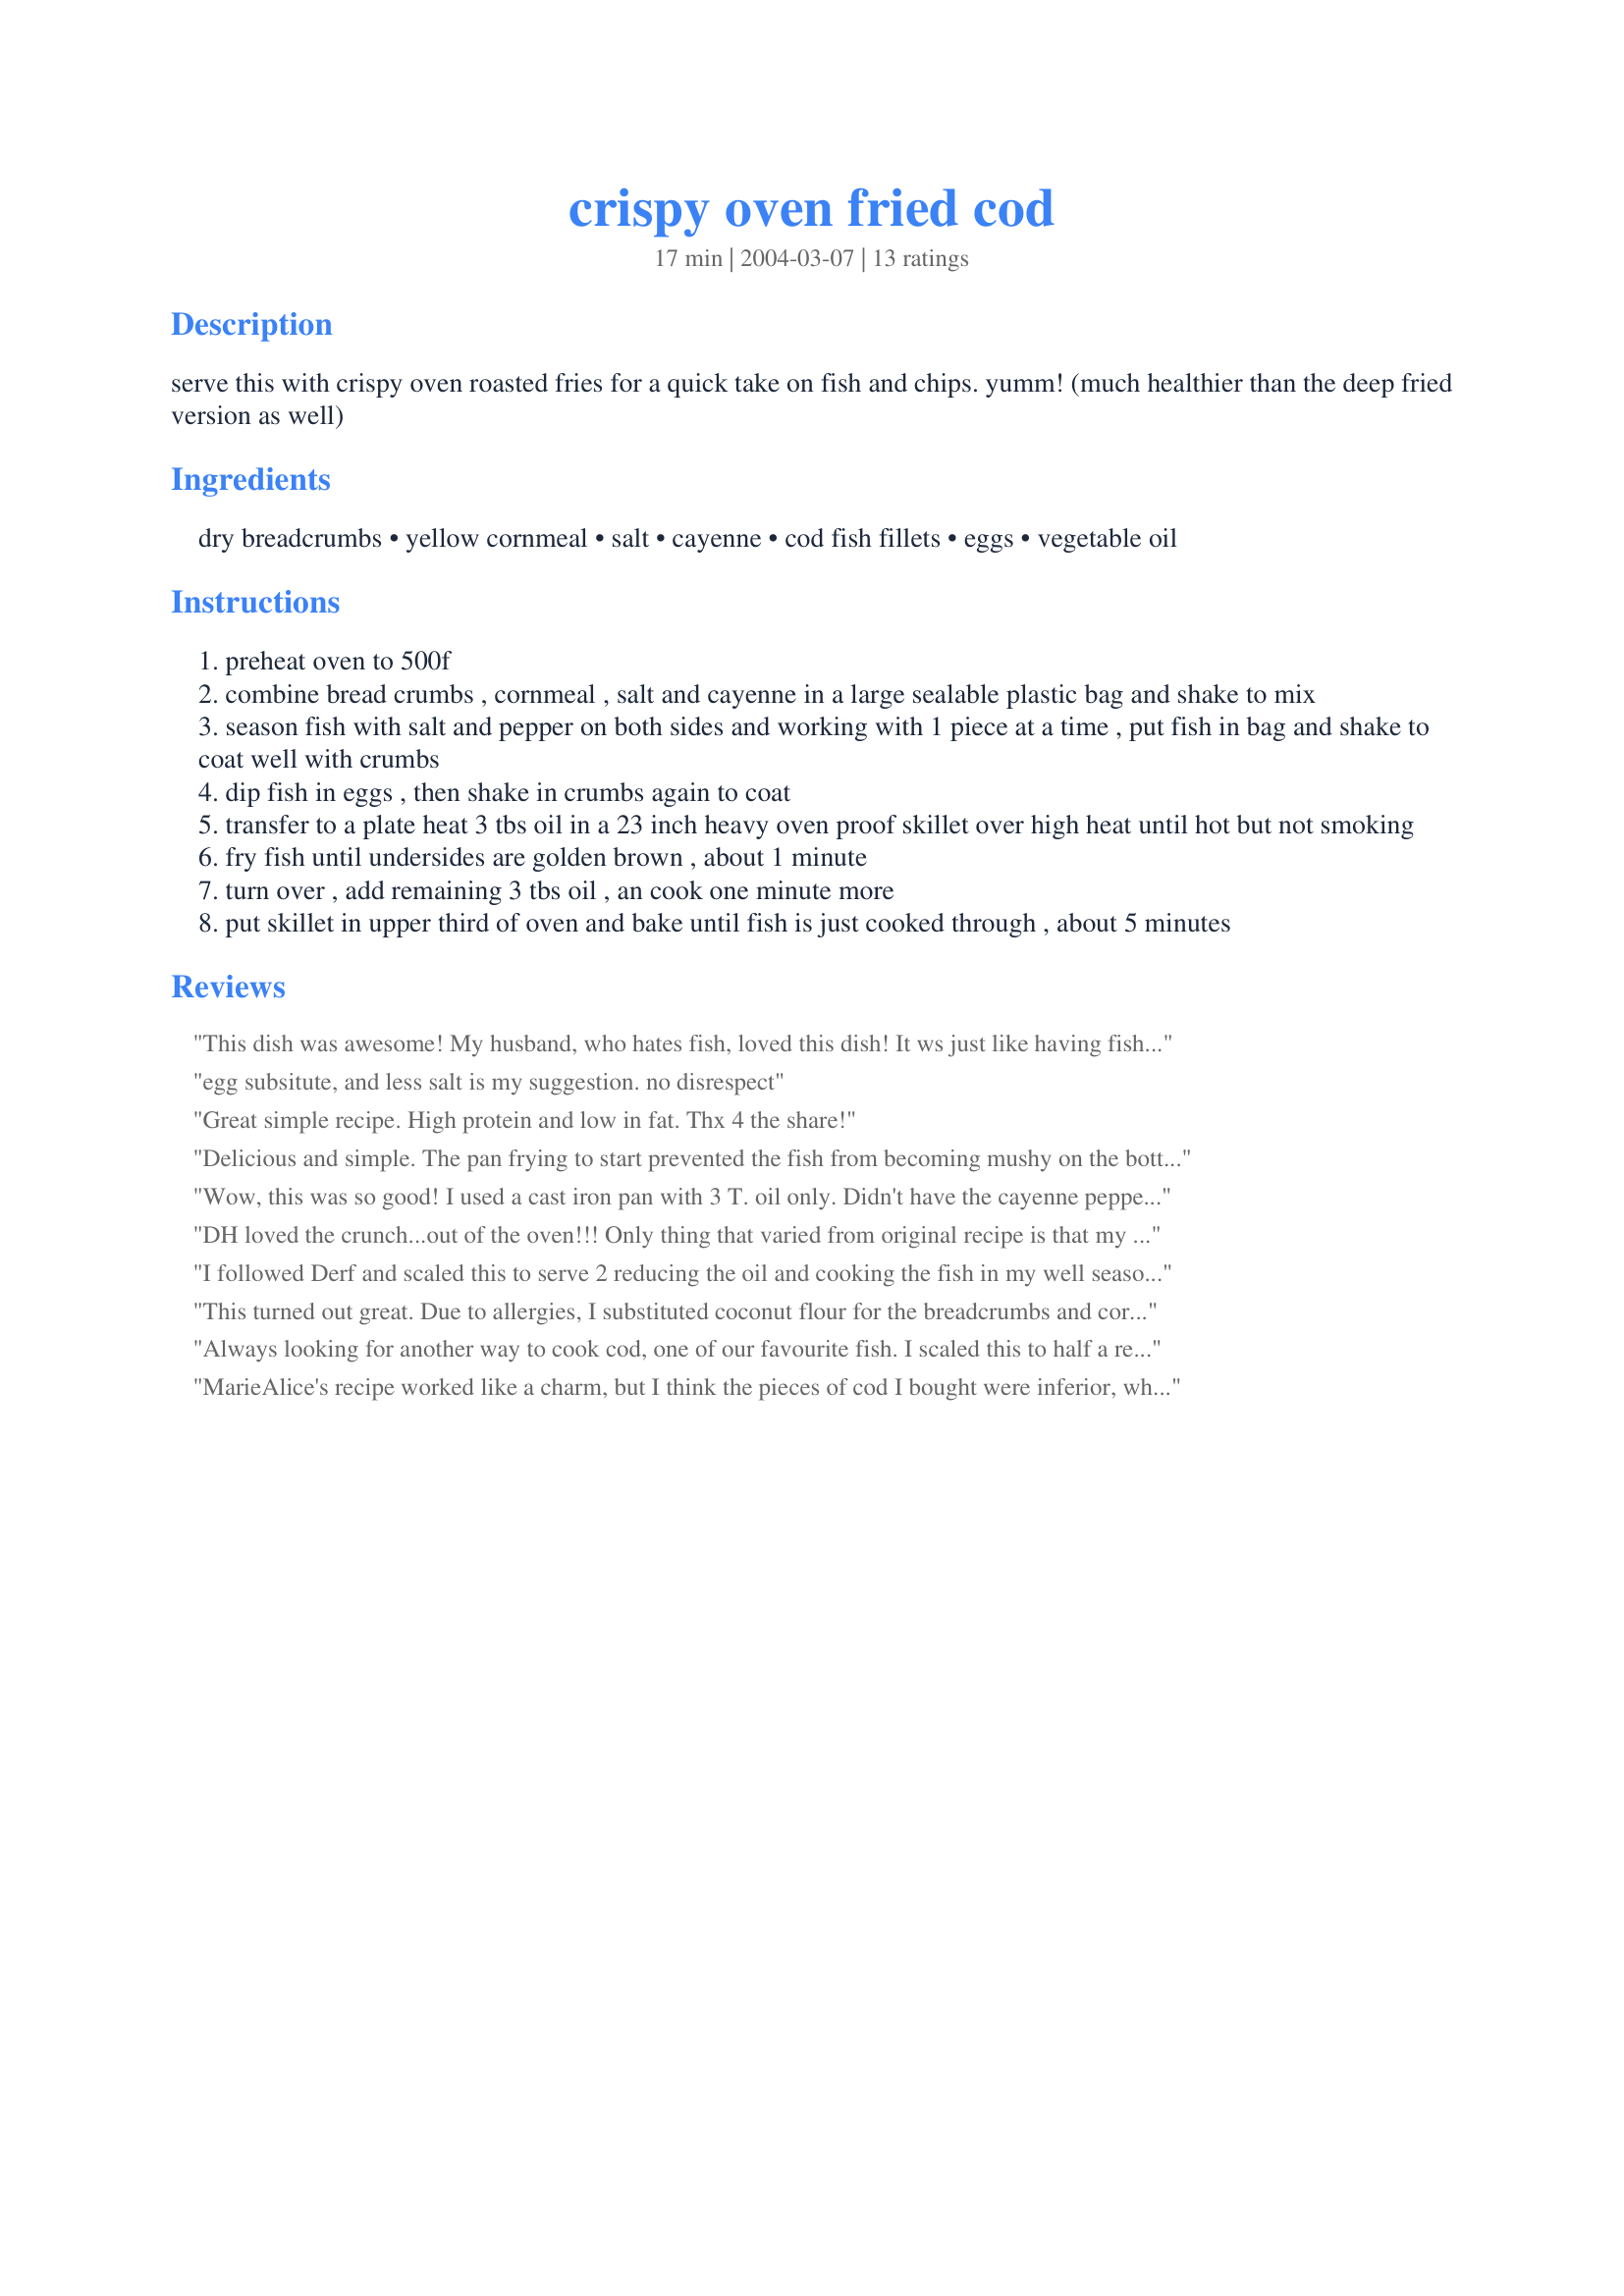
crispy oven fried cod
Preparation time: 17 minutes

serve this with crispy oven roasted fries for a quick take on fish and chips. yumm! (much healthier than the deep fried version as well)

Ingredients:
dry breadcrumbs, yellow cornmeal, salt, cayenne, cod fish fillets, eggs, vegetable oil

Steps:
preheat oven to 500f
combine bread crumbs , cornmeal , salt and cayenne in a large sealable plastic bag and shake to mix
season fish with salt and pepper on both sides and working with 1 piece at a time , put fish in bag and shake to coat well with crumbs
dip fish in eggs , then shake in crumbs again to coat
transfer to a plate heat 3 tbs oil in a 23 inch heavy oven proof skillet over high heat until hot but not smoking
fry fish until undersides are golden brown , about 1 minute
turn over , add remaining 3 tbs oil , an cook one minute more
put skillet in upper third of oven and bake until fish is just cooked through , about 5 minutes

Reviews:
This dish was awesome! My husband, who hates fish, loved this dish! It ws just like having fish sticks, but healthier and MUCH tastier! We'll definitely make this one again!
egg subsitute, and less salt
is my suggestion. no disrespect
Great simple recipe. High protein and low in fat. Thx 4 the share!
Delicious and simple. The pan frying to start prevented the fish from becoming mushy on the bottom. Thanks.
Wow, this was so good! I used a cast iron pan with 3 T. oil only. Didn't have the cayenne pepper so used Spike All Purpose Seasoning. There wasn't any left. A definite keeper. Thank you for sharing.
DH loved the crunch...out of the oven!!! Only thing that varied from original recipe is that my bread crumbs were seasoned..
Perfect Cod!! I'm sure this will see our table many more times!!
I followed Derf and scaled this to serve 2 reducing the oil and cooking the fish in my well seasoned cast iron skillet. The fish had a nice crisp crust. This was served this with Oven Baked Golden Potato Wedges recipe #136650 by Marie for a lower fat alternative to fish and chips.
This turned out great. Due to allergies, I substituted coconut flour for the breadcrumbs and cornmeal. The coating stuck to the fish very well. And, oven frying was very simple. The fish turned out very tender (this is usually hard for me). I would not use the cayenne next time though-- just too hard on my tummy. Excellent recipe. Will make again this week.
Always looking for another way to cook cod, one of our favourite fish. I scaled this to half a recipe for the 2 of us and also cut the oil in half again, it seemed like more oil than necessary. The cornmeal made for a nice crispy finish and the cayenne gave it a nice little bite. Very nice and we will make it again, thanks for sharing.
MarieAlice's recipe worked like a charm, but I think the pieces of cod I bought were inferior, which ultimately made a difference in the end product. The coating was nice & crisp; however, it sometimes just fell off the fish. Maybe something I did wrong?
Very Good and Simple. My SO wanted fish and I am a novice at cooking fish. This turned out great.
Wonderful. I used my cast iron pan and followed the recipe as written except scaled it down to 2 servings. The only thing I would do next time (there will be a next time!) is increase the cayenne pepper for a little more bite! Served with oven roasted potatoes and cole slaw. A definite repeater.
Loved this recipe.. the flavors blended beautifully. Easy, fast and so so good!
